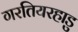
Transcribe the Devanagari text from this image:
गरतियरहाडु